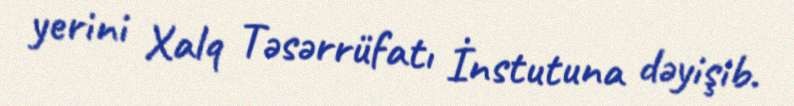
yerini Xalq Təsərrüfatı İnstutuna dəyişib.